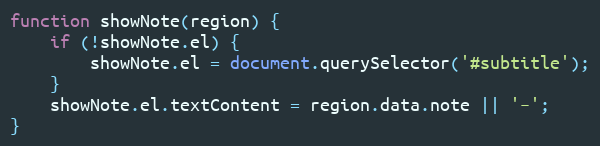
Language: JavaScript
function showNote(region) {
    if (!showNote.el) {
        showNote.el = document.querySelector('#subtitle');
    }
    showNote.el.textContent = region.data.note || '–';
}